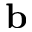
\mathbf { b }